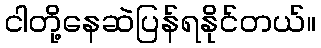
ငါတို့နေဆဲပြန်ရနိုင်တယ်။